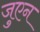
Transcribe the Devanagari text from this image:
जुएन